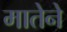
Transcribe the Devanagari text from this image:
मातेने